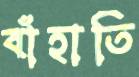
বাঁহাতি